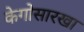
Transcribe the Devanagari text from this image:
केगोसारखा